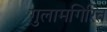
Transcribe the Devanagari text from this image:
गुलामगिरित